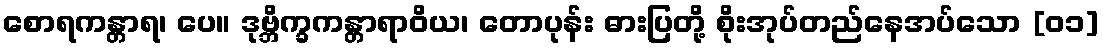
စောရကန္တာရ၊ ပေ။ ဒုဗ္ဘိက္ခကန္တာရာဝိယ၊ တောပုန်း ဓားပြတို့ စိုးအုပ်တည်နေအပ်သော [၀၁]